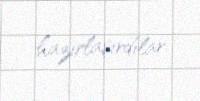
hazırlaşırdılar.